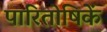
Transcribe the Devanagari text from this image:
पारितोषिकें